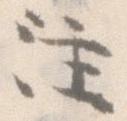
注